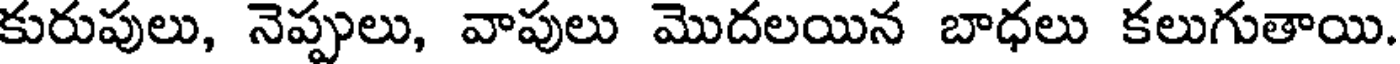
కురుపులు, నెప్పులు, వాపులు మొదలయిన బాధలు కలుగుతాయి.